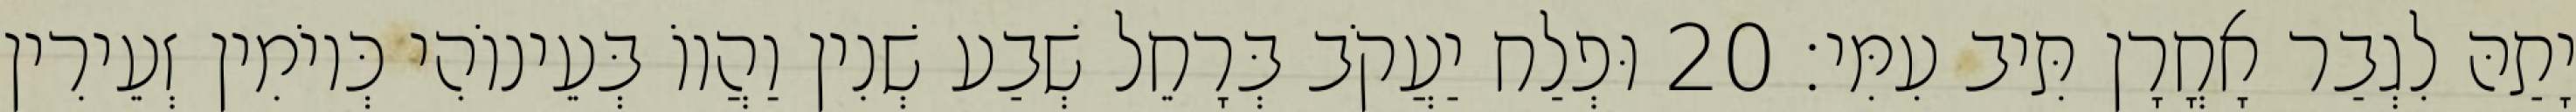
יָתַהּ לִגְבַר אָחֳרָן תִּיב עִמִּי׃ 20 וּפְלַח יַעֲקֹב בְּרָחֵל שְׁבַע שְׁנִין וַהֲווֹ בְּעֵינוֹהִי כְּיוֹמִין זְעֵירִין